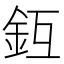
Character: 𨥛